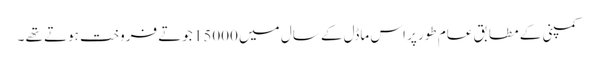
کمپنی کے مطابق عام طور پر اس ماڈل کے سال میں 15000 جوتے فروخت ہوتے تھے ۔